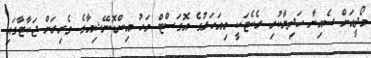
މޯދީއަށް ސެއިނާ ހަދިޔާކުރި ރެކެޓަކީ މިއަހަރުގެ އޮގަސްޓް މަހު އިންޑޮނޭޝިއާގެ ވެރިރަށް ޖަކާޓާގައި